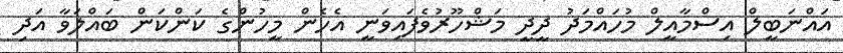
އައްނަބީލް އިސްމާއީލް މުހައްމަދު ދީދީ މަޝްހޫރުވެފައިވަނީ އެހެން މީހުންގެ ކަންކަން ބައްލަވާ އަދި